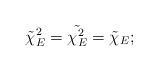
\begin{align*}\tilde{\chi}_E^2=\tilde{\chi_E^2}=\tilde{\chi}_E;\end{align*}